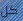
كل